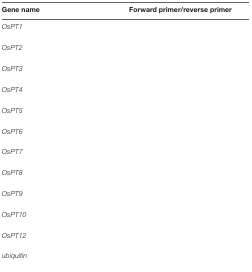
<table><thead><tr><td><b>Gene name</b></td><td><b>Forward primer/reverse primer</b></td></tr></thead><tbody><tr><td><i>OsPT1</i></td><td>[EMPTY_CELL]</td></tr><tr><td><i>OsPT2</i></td><td>[EMPTY_CELL]</td></tr><tr><td><i>OsPT3</i></td><td>[EMPTY_CELL]</td></tr><tr><td><i>OsPT4</i></td><td>[EMPTY_CELL]</td></tr><tr><td><i>OsPT5</i></td><td>[EMPTY_CELL]</td></tr><tr><td><i>OsPT6</i></td><td>[EMPTY_CELL]</td></tr><tr><td><i>OsPT7</i></td><td>[EMPTY_CELL]</td></tr><tr><td><i>OsPT8</i></td><td>[EMPTY_CELL]</td></tr><tr><td><i>OsPT9</i></td><td>[EMPTY_CELL]</td></tr><tr><td><i>OsPT10</i></td><td>[EMPTY_CELL]</td></tr><tr><td><i>OsPT12</i></td><td>[EMPTY_CELL]</td></tr><tr><td><i>ubiquitin</i></td><td>[EMPTY_CELL]</td></tr></tbody></table>